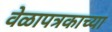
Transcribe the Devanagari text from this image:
वेळापत्रकाच्या